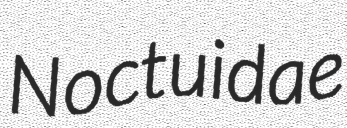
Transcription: Noctuidae